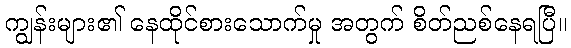
ကျွန်းများ၏ နေထိုင်စားသောက်မှု အတွက် စိတ်ညစ်နေရပြီ။